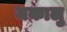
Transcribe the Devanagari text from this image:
मकालु